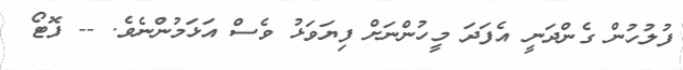
ފުލުހުން ގެންދަނީ އެފަދަ މީހުންނަށް ފިޔަވަޅު ވެސް އަޅަމުންނެވެ. -- ފޮޓޯ